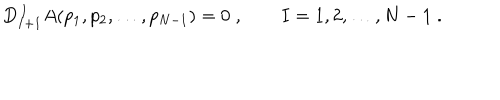
LaTeX: D _ { I + 1 } ^ { \, I } A ( p _ { 1 } , p _ { 2 } , \ldots , p _ { N - 1 } ) = 0 \; , \qquad I = 1 , 2 , \ldots , N - 1 \; .